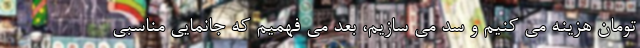
تومان هزینه می کنیم و سد می سازیم، بعد می فهمیم که جانمایی مناسبی